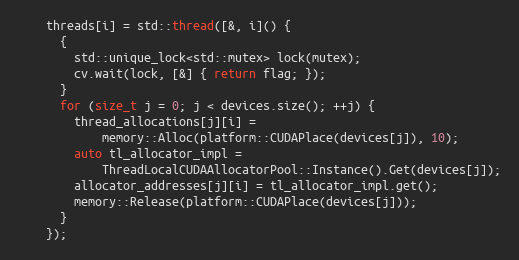
Language: C++
    threads[i] = std::thread([&, i]() {
      {
        std::unique_lock<std::mutex> lock(mutex);
        cv.wait(lock, [&] { return flag; });
      }
      for (size_t j = 0; j < devices.size(); ++j) {
        thread_allocations[j][i] =
            memory::Alloc(platform::CUDAPlace(devices[j]), 10);
        auto tl_allocator_impl =
            ThreadLocalCUDAAllocatorPool::Instance().Get(devices[j]);
        allocator_addresses[j][i] = tl_allocator_impl.get();
        memory::Release(platform::CUDAPlace(devices[j]));
      }
    });